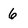
Character: 6